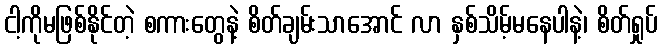
ငါ့ကိုမဖြစ်နိုင်တဲ့ စကားတွေနဲ့ စိတ်ချမ်းသာအောင် လာ နှစ်သိမ့်မနေပါနဲ့၊ စိတ်ရှုပ်